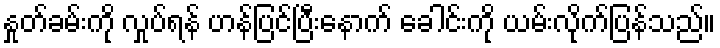
နှုတ်ခမ်းကို လှုပ်ရန် ဟန်ပြင်ပြီးနောက် ခေါင်းကို ယမ်းလိုက်ပြန်သည်။